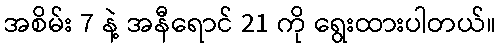
အစိမ်း 7 နဲ့ အနီရောင် 21 ကို ရွေးထားပါတယ်။